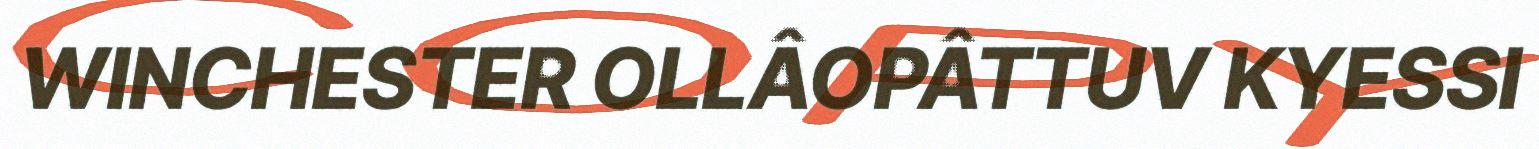
WINCHESTER OLLÂOPÂTTUV KYESSI